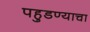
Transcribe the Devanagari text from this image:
पहुडण्याचा